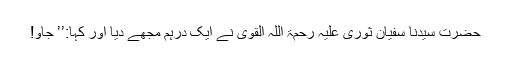
حضرت سیدنا سفیان ثوری علیہ رحمۃ اللہ القوی نے ایک درہم مجھے دیا اور کہا:’’ جاؤ!